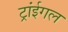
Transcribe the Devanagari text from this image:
ट्रांईगल